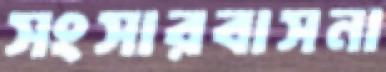
সংসারবাসনা